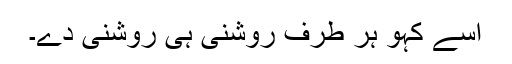
اسے کہو ہر طرف روشنی ہی روشنی دے۔